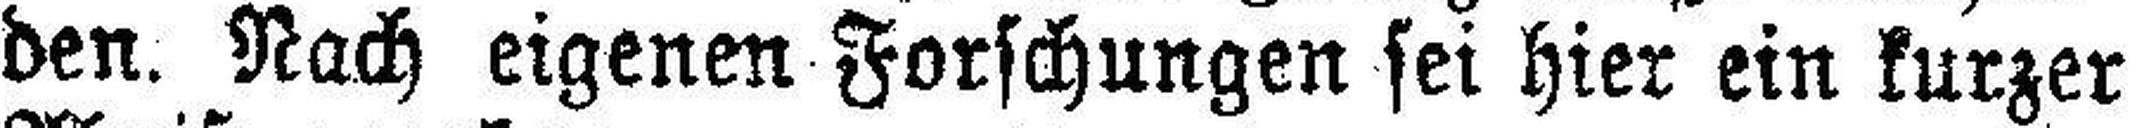
den. Nach eigenen Forschungen sei hier ein kurzer